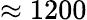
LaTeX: \approx 1200